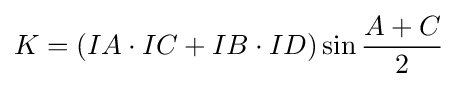
K=\left(IA\cdot IC+IB\cdot ID\right)\sin {\frac {A+C}{2}}